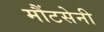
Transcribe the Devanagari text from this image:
मौंटसेनी